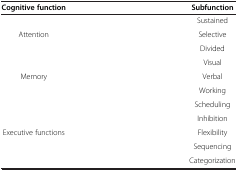
<table><thead><tr><td><b>Cognitive function</b></td><td><b>Subfunction</b></td></tr></thead><tbody><tr><td rowspan="3">Attention</td><td>Sustained</td></tr><tr><td>Selective</td></tr><tr><td>Divided</td></tr><tr><td rowspan="3">Memory</td><td>Visual</td></tr><tr><td>Verbal</td></tr><tr><td>Working</td></tr><tr><td rowspan="5">Executive functions</td><td>Scheduling</td></tr><tr><td>Inhibition</td></tr><tr><td>Flexibility</td></tr><tr><td>Sequencing</td></tr><tr><td>Categorization</td></tr></tbody></table>